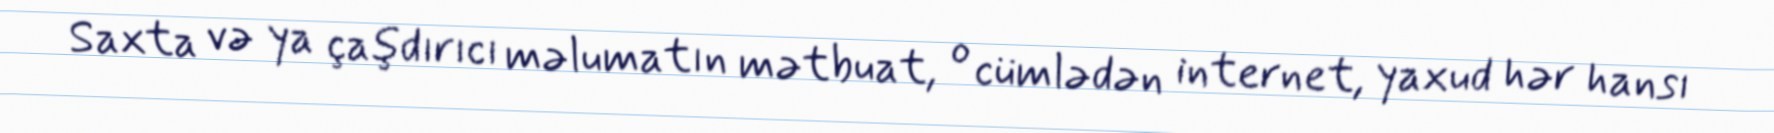
Saxta və ya çaşdırıcı məlumatın mətbuat, o cümlədən internet, yaxud hər hansı